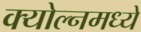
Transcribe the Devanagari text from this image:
क्योल्नमध्ये